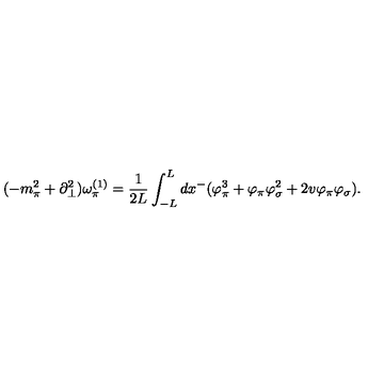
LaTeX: ( - m _ { \pi } ^ { 2 } + \partial _ { \bot } ^ { 2 } ) \omega _ { \pi } ^ { ( 1 ) } = \frac { 1 } { 2 L } \int _ { - L } ^ { L } d x ^ { - } ( \varphi _ { \pi } ^ { 3 } + \varphi _ { \pi } \varphi _ { \sigma } ^ { 2 } + 2 v \varphi _ { \pi } \varphi _ { \sigma } ) .